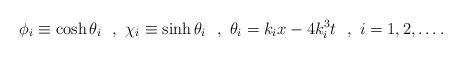
LaTeX: \begin{align*}\phi_i \equiv \cosh \theta_i~~,~\chi_i \equiv \sinh \theta_i~~,~ \theta_i=k_ix-4k_i^3t~~,~i=1,2,\ldots.\end{align*}